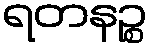
ရတနဉ္စ